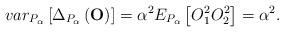
LaTeX: \begin{align*}var_{P_{\alpha }}\left[ \Delta _{P_{\alpha }}\left( \mathbf{O}\right) \right]=\alpha ^{2}E_{P_{\alpha }}\left[ O_{1}^{2}O_{2}^{2}\right] =\alpha ^{2}.\end{align*}